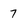
Character: 7